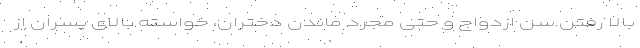
بالا رفتن سن ازدواج و حتی مجرد ماندن دختران، خواسته بالای پسران از